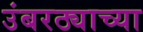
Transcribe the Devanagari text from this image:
उंबरठ्याच्या